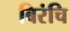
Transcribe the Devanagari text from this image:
बिरंचि